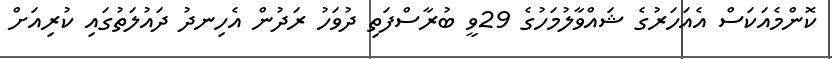
ކޮންމެއަކަސް އެއަހަރުގެ ޝައްވާލުމަހުގެ 29ވީ ބުރާސްފަތި ދުވަހު ރަދުން އެހިނދު ދައުލަތުގައި ކުރިއަށް